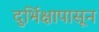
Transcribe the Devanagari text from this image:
दुर्भिक्षापासून